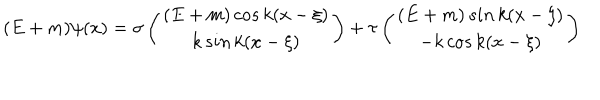
( E + m ) \psi ( x ) = \sigma \left( \begin{array} { c } { { ( E + m ) \, c o s \, k ( x - \xi ) } } \\ { { k \, s i n \, k ( x - \xi ) } } \\ \end{array} \right) + \tau \left( \begin{array} { c } { { ( E + m ) \, s i n \, k ( x - \xi ) } } \\ { { - k \, c o s \, k ( x - \xi ) } } \\ \end{array} \right)